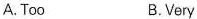
A.Too B.Very